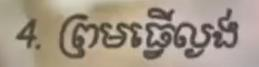
4. ព្រមធ្វើល្ងង់